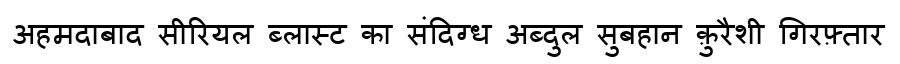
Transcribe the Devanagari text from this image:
अहमदाबाद सीरियल ब्लास्ट का संदिग्ध अब्दुल सुबहान क़ुरैशी गिरफ़्तार